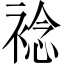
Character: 𧛋